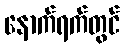
နောက်ရက်တွင်